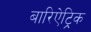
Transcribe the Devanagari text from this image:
बारिऐट्रिक